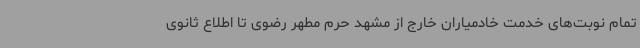
تمام نوبت‌های خدمت خادمیاران خارج از مشهد حرم مطهر رضوی تا اطلاع ثانوی